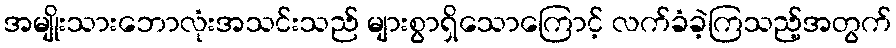
အမျိုးသားဘောလုံးအသင်းသည် များစွာရှိသောကြောင့် လက်ခံခဲ့ကြသည့်အတွက်